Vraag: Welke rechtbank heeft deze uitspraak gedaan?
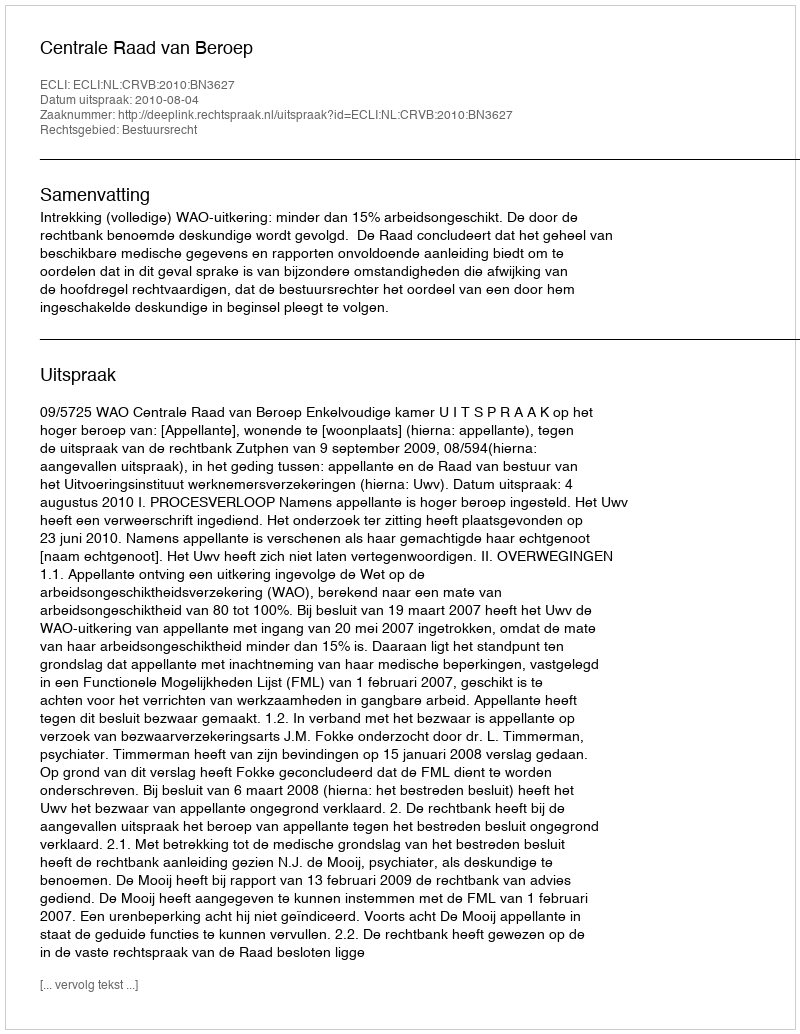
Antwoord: Centrale Raad van Beroep